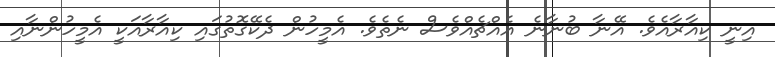
އިނީ ކިއާރާއެވެ. އޭނާ ބުނާނެ އެއްޗެއްވެސް ނެތެވެ. އެމީހުން ދެކޭގޮތުގައި ކިއާރާއަކީ އެމީހުންނާއި